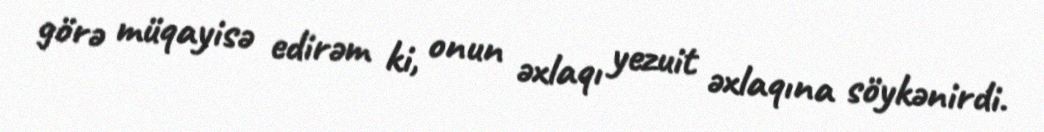
görə müqayisə edirəm ki, onun əxlaqı yezuit əxlaqına söykənirdi.